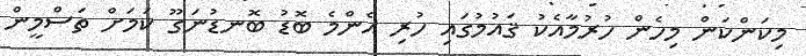
މިކަންކަން މިހެން ހުރުމާއެކު ޤައުމުގައި ހުރި އެންމެ ބޮޑު ބޮނޑުނަގޫ ކަމަށް ތަސްމީން